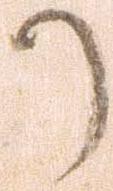
か